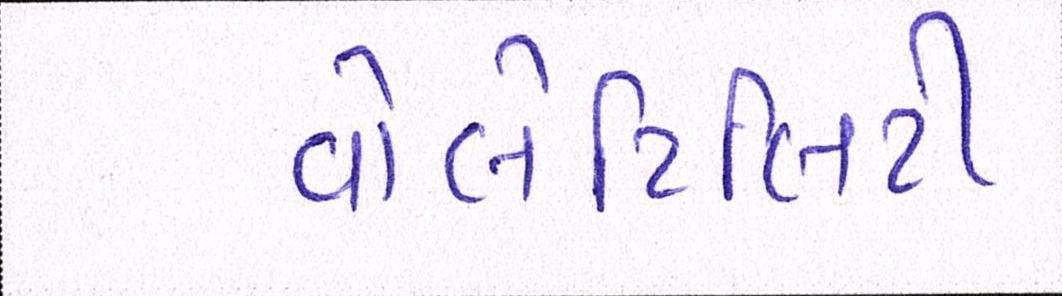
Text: વોલેટિલિટી